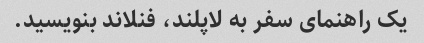
یک راهنمای سفر به لاپلند، فنلاند بنویسید.